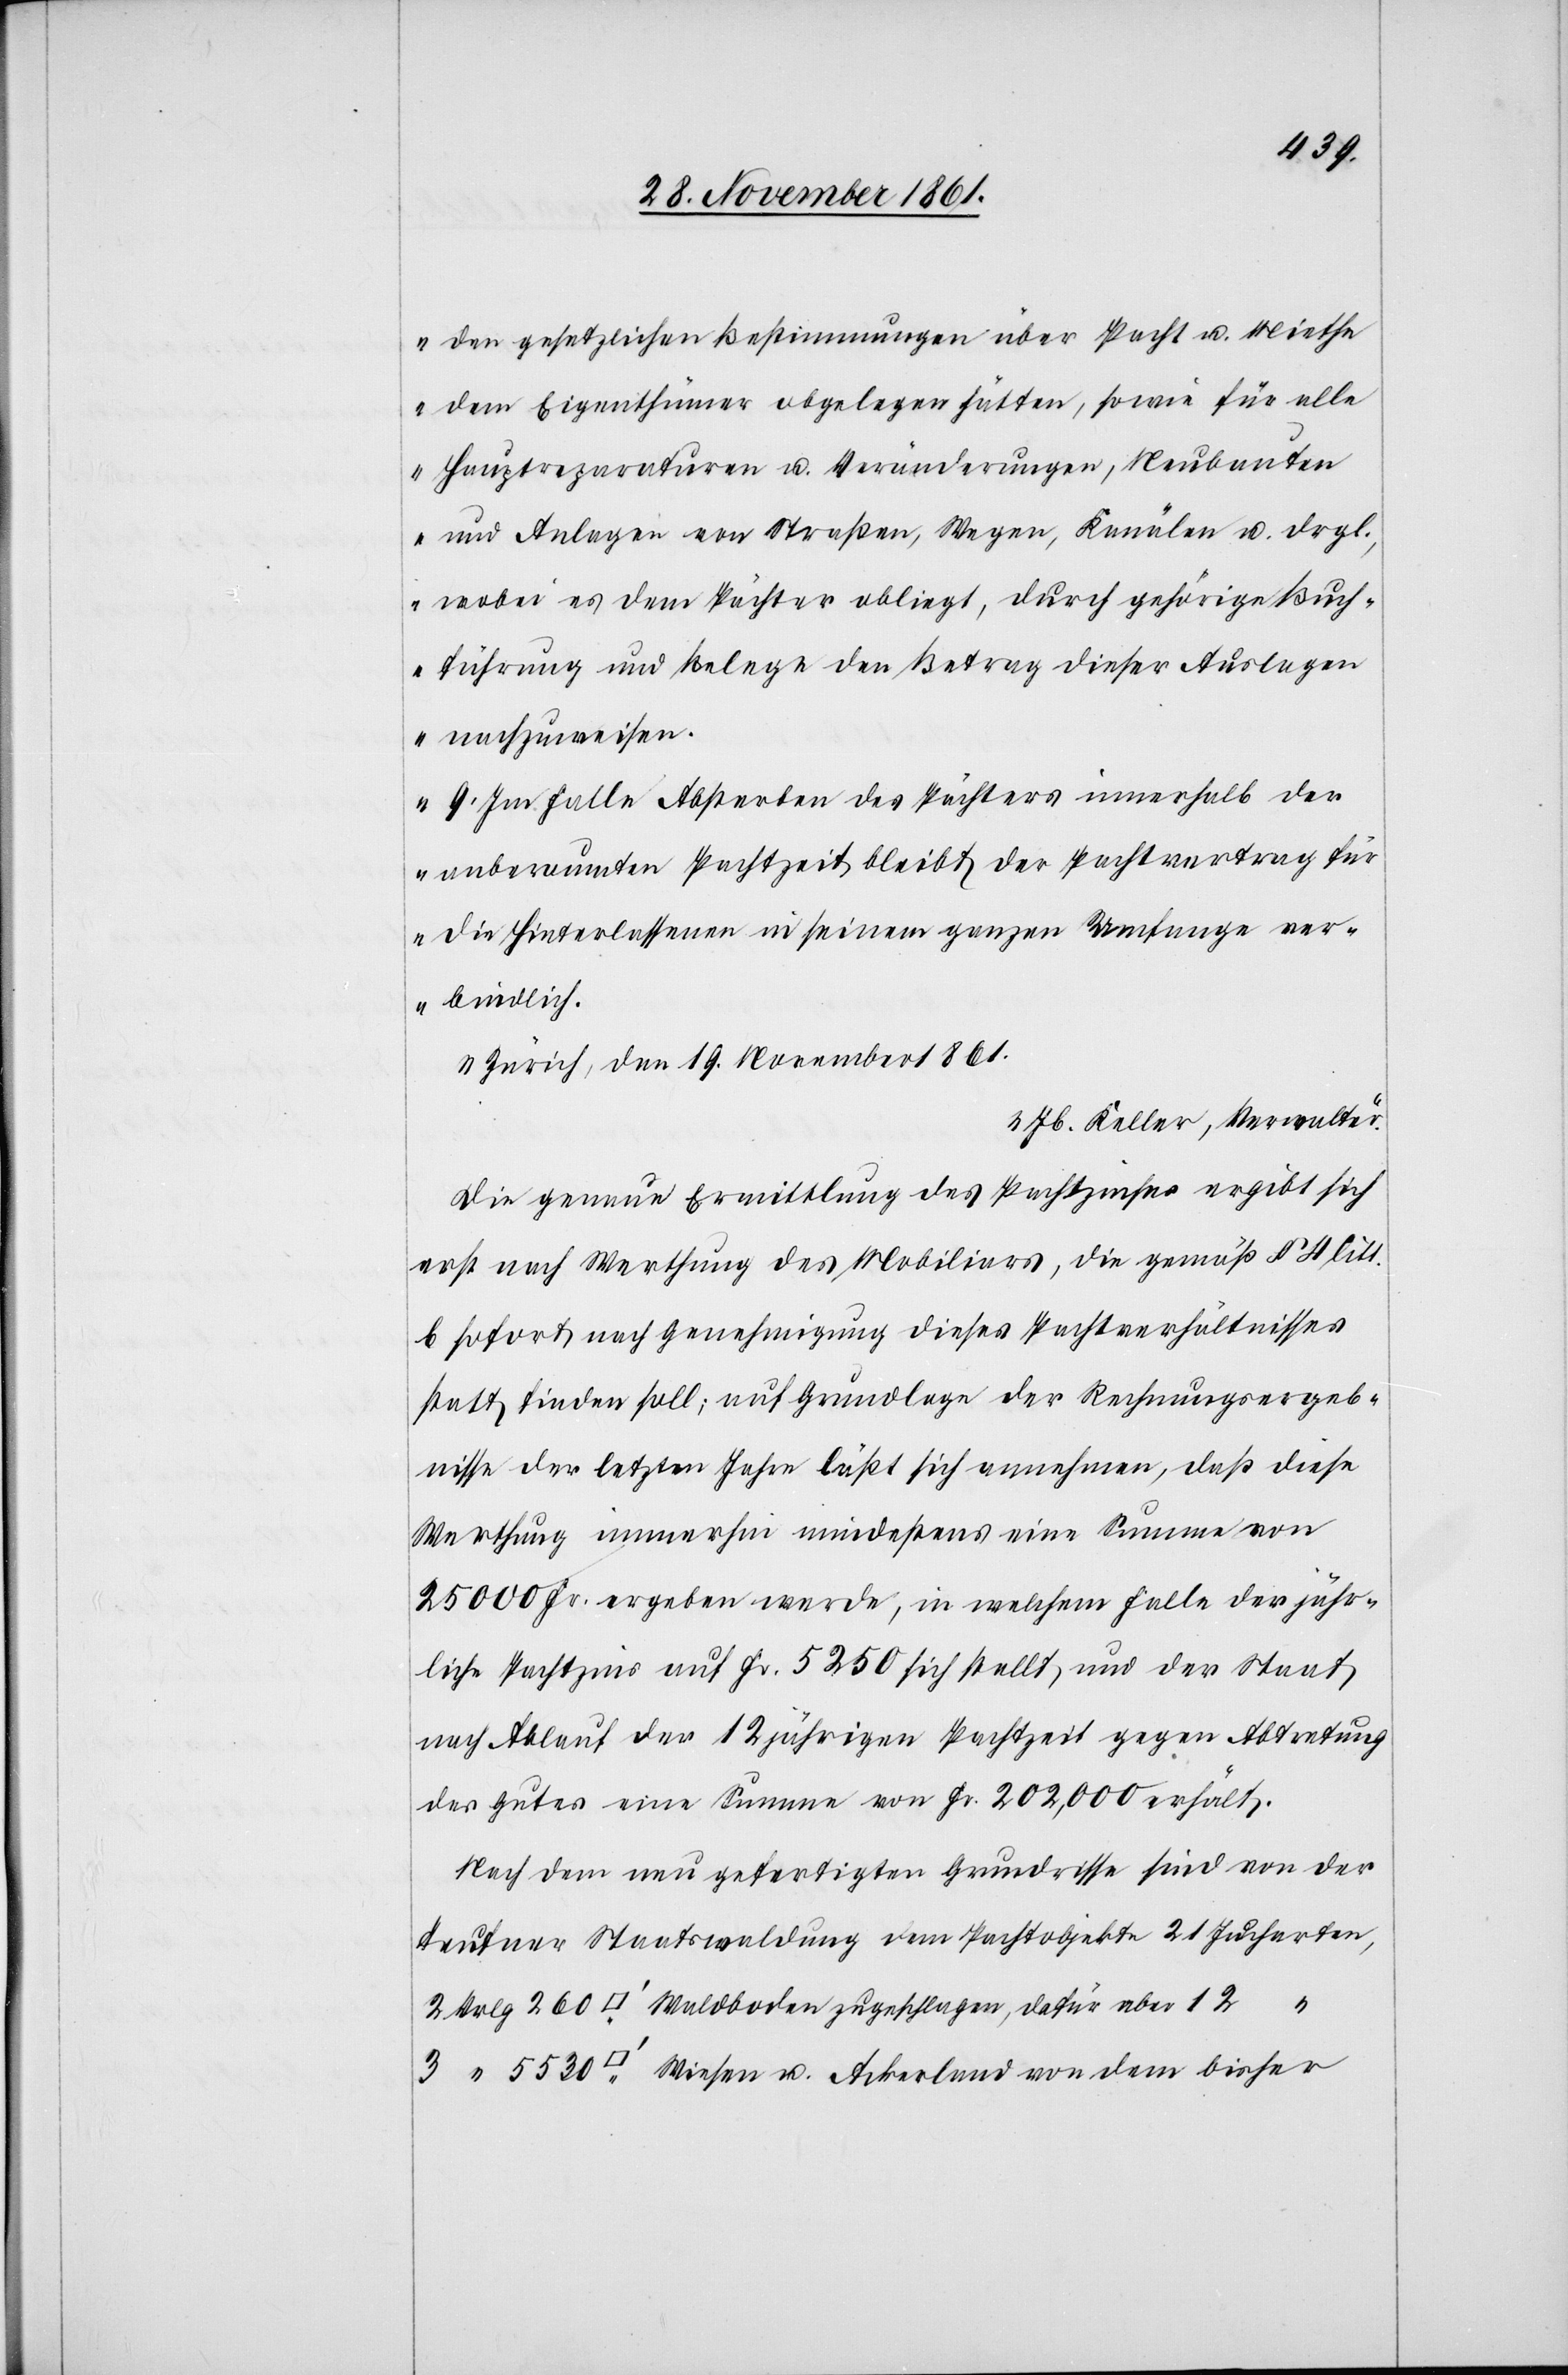
den gesetzlichen Bestimmungen über Pacht u. Miethe
dem Eigenthümer obgelegen hätten, sowie für alle
Hauptreparaturen u. Veränderungen, Neubauten
und Anlagen von Straßen, Wegen, Kanälen u. drgl.,
wobei es dem Pächter obliegt, durch gehörige Buch¬
führung und Belege den Betrag dieser Auslagen
nachzuweisen.
9. Im Falle Absterben des Pächters innerhalb der
anberaumten Pachtzeit bleibt der Pachtvertrag für
die Hinterlassenen in seinem ganzen Umfange ver¬
bindlich.
Zürich, den 19 November 1861.
Jb. Keller, Verwalter.“
Die genaue Ermittlung des Pachtzinses ergibt sich
erst nach Werthung des Mobiliars, die gemäß § 4 litt.
b sofort nach Genehmigung dieses Pachtverhältnisses
statt finden soll; auf Grundlage der Rechnungsergeb¬
nisse der letzten Jahre läßt sich annehmen, daß diese
Werthung immerhin mindestens eine Summe von
25 000 Fr. ergeben werde, in welchem Falle der jähr¬
liche Pachtzins auf Fr. 5250 sich stellt, und der Staat
nach Ablauf der 12 jährigen Pachtzeit gegen Abtretung
des Gutes eine Summe von Fr. 202,000 erhält.
Nach dem neu gefertigten Grundrisse sind von der
Teufener Staatswaldung dem Pachtobjekte 21 Jucharten,
u.